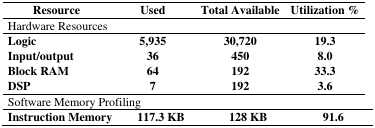
| Resource | Used | Total Available | Utilization % |
 | --- | --- | --- | --- |
 | <COLSPAN=4> Hardware Resources |
 | Logic | 5,935 | 30,720 | 19.3 |
 | Input/output | 36 | 450 | 8.0 |
 | Block RAM | 64 | 192 | 33.3 |
 | DSP | 7 | 192 | 3.6 |
 | <COLSPAN=4> Software Memory Profiling |
 | Instruction Memory | 117.3 KB | 128 KB | 91.6 |